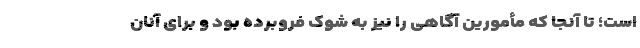
است؛ تا آنجا که مأمورین آگاهی را نیز به شوک فروبرده بود و برای آنان